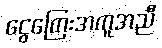
ငွေကြေးအကူအညီ